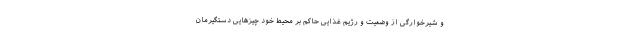
و شیرخوارگی از وضعیت و رژیم غذایی حاکم بر محیط خود چیزهایی دستگیرمان